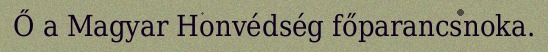
Ő a Magyar Honvédség főparancsnoka.